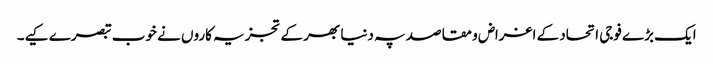
ایک بڑے فوجی اتحاد کے اغراض و مقاصد پہ دنیا بھر کے تجزیہ کاروں نے خوب تبصرے کیے۔